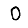
Digit: 0